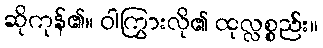
ဆိုကုန်၏။ ဝါကြွားလို၏ ထုလ္လစ္စည်း။